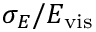
\sigma _ { E } / E _ { \mathrm { v i s } }